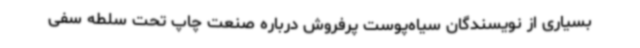
بسیاری از نویسندگان سیاه‌پوست پرفروش درباره صنعت چاپ تحت سلطه سفی